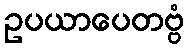
ဥပယာပေတဗ္ဗံ